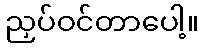
ညှပ်ဝင်တာပေါ့။